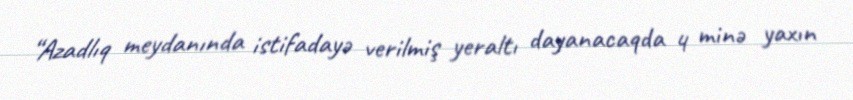
“Azadlıq meydanında istifadayə verilmiş yeraltı dayanacaqda 4 minə yaxın